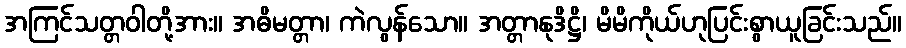
အကြင်သတ္တဝါတို့အား။ အဓိမတ္တာ၊ ကဲလွန်သော။ အတ္တာနုဒိဋ္ဌိ၊ မိမိကိုယ်ဟုပြင်းစွာယူခြင်းသည်။